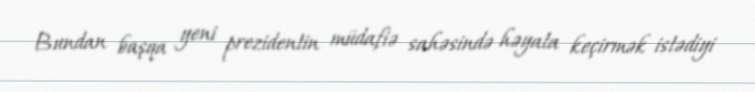
Bundan başqa yeni prezidentin müdafiə sahəsində həyata keçirmək istədiyi